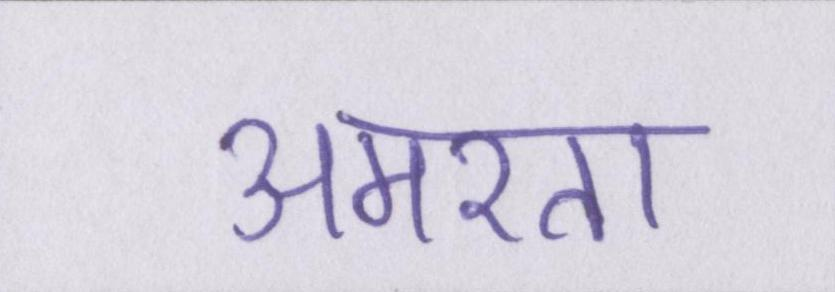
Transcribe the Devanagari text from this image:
अमरता